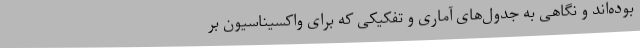
بوده‌اند و نگاهی به جدول‌های آماری و تفکیکی که برای واکسیناسیون بر